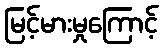
မြင့်မားမှုကြောင့်